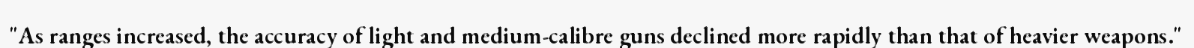
"As ranges increased, the accuracy of light and medium-calibre guns declined more rapidly than that of heavier weapons."